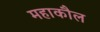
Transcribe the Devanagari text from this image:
महाकौल